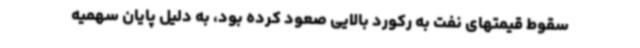
سقوط قیمتهای نفت به رکورد بالایی صعود کرده بود، به دلیل پایان سهمیه